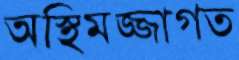
অস্থিমজ্জাগত